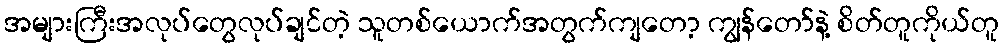
အများကြီးအလုပ်တွေလုပ်ချင်တဲ့ သူတစ်ယောက်အတွက်ကျတော့ ကျွန်တော်နဲ့ စိတ်တူကိုယ်တူ